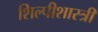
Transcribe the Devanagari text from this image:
शिल्पीशास्त्री